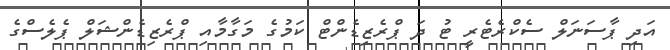
އަދި ޕާސަނަލް ސެކްރެޓެރީ ޓު ދަ ޕްރެޒިޑެންޓް ކަމުގެ މަގާމާއި ޕްރެޒިޑެންޝަލް ޕެލެސްގެ